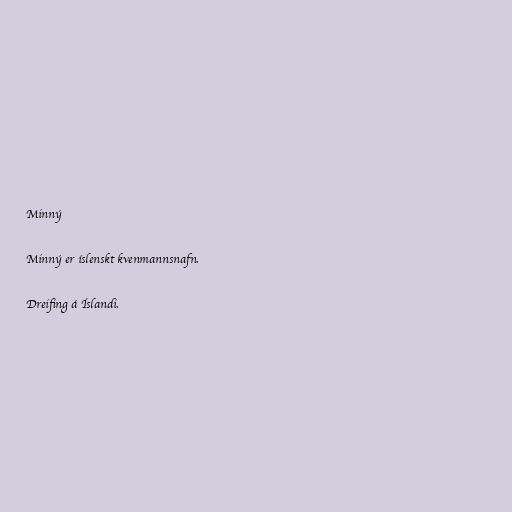
Minný

Minný er íslenskt kvenmannsnafn.

Dreifing á Íslandi.